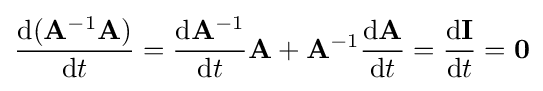
{\frac {\mathrm {d} (\mathbf {A} ^{-1}\mathbf {A} )}{\mathrm {d} t}}={\frac {\mathrm {d} \mathbf {A} ^{-1}}{\mathrm {d} t}}\mathbf {A} +\mathbf {A} ^{-1}{\frac {\mathrm {d} \mathbf {A} }{\mathrm {d} t}}={\frac {\mathrm {d} \mathbf {I} }{\mathrm {d} t}}=\mathbf {0}